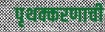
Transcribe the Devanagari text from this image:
पृथक्करणाची